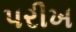
પરીખ